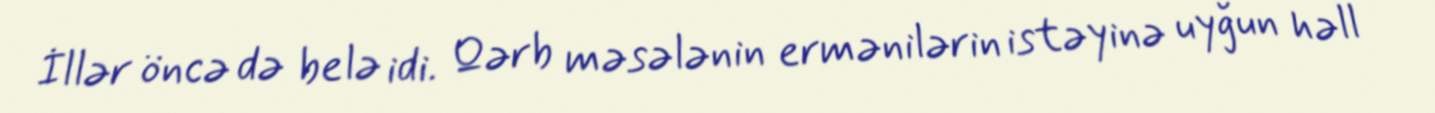
İllər öncə də belə idi. Qərb məsələnin ermənilərin istəyinə uyğun həll